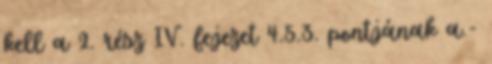
kell a 2. rész IV. fejezet 4.5.3. pontjának a.-